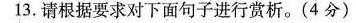
13，请根据要求对下面句子进行赏析。(4分)